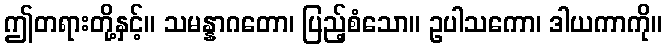
ဤတရားတို့နှင့်။ သမန္နာဂတော၊ ပြည့်စံသော။ ဥပါသကော၊ ဒါယကာကို။